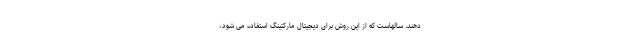
دهند. سالهاست که از این روش برای دیجیتال مارکتینگ استفاده می شود،